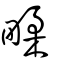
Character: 㽥